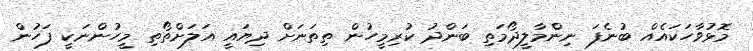
މޮޅުވާހަކައެއް ބުނެފަ ނިންމާލީދޯމަތި ބަންދު ކުރިމީހުން ތިތަނަށް ދިޔައީ އަލަށްތޯތި މީހުންނަކީ ފަހުން